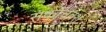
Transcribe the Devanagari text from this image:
संकोचवश